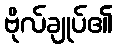
ဗိုလ်ချုပ်၏